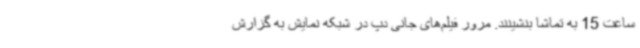
ساعت 15 به تماشا بنشینند. مرور فیلم‌های جانی دپ در شبکه نمایش به گزارش